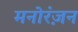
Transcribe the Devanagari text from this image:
मनोरंज़न